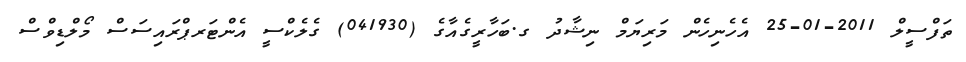
ތަފްސީލް 2011-01-25 އެހެނިހެން މަރިޔަމް ނިޝާދު ގ.ބަހާރީގެއާގެ (041930) ގެލެކްސީ އެންޓަރޕްރައިސަސް މޯލްޑިވްސް